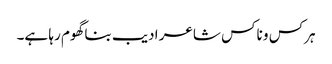
ہرکس و ناکس شاعر ادیب بنا گھوم رہا ہے۔